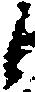
候